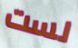
لست